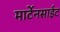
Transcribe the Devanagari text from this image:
मार्टेनसाईट